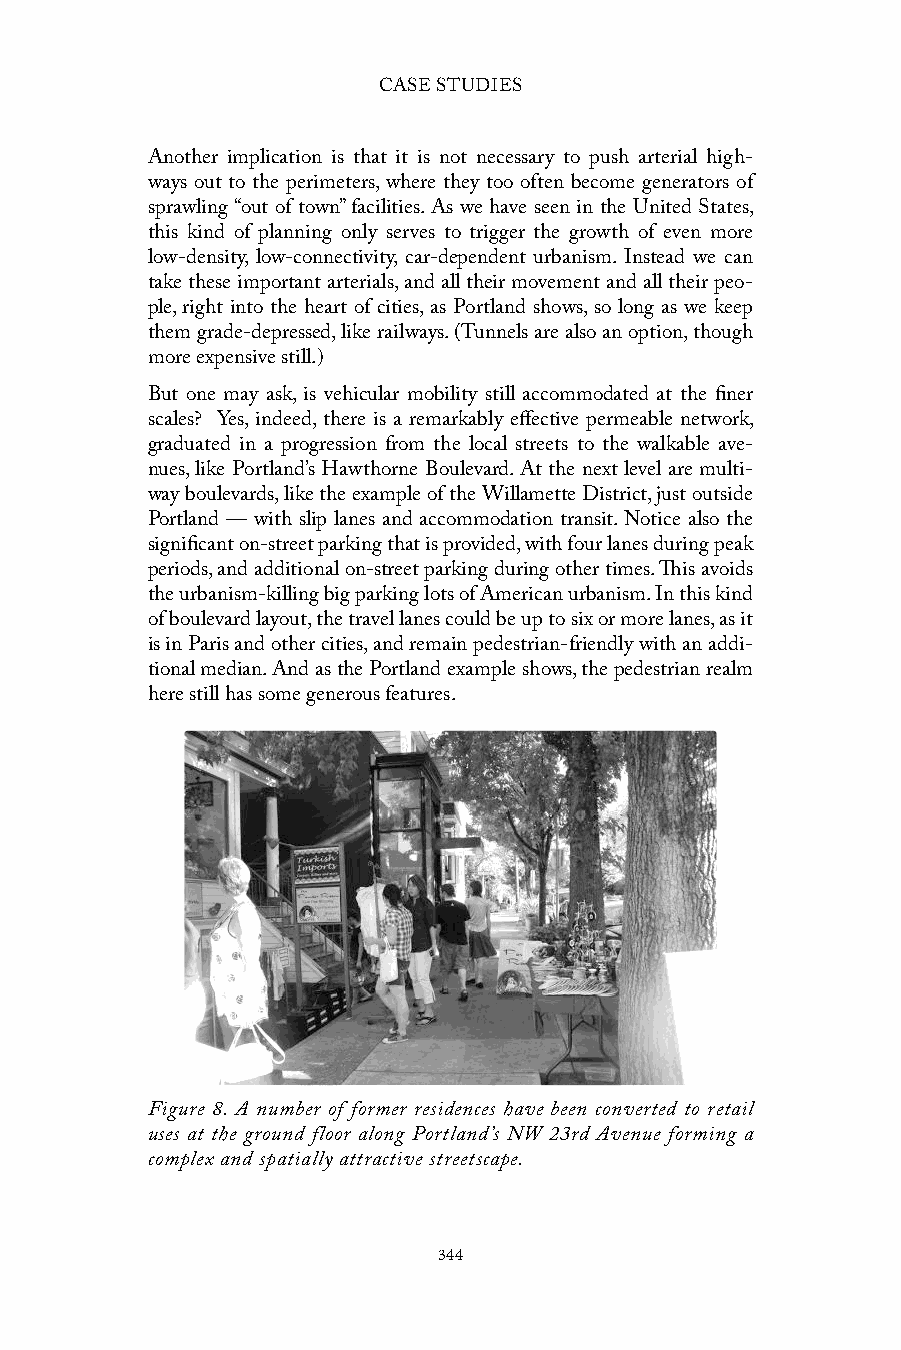
CASE STUDIES
 Another implication is that it is not necessary to push arterial high-
 ways out to the perimeters, where they too often become generators of
 sprawling “out of town” facilities. As we have seen in the United States,
 this kind of planning only serves to trigger the growth of even more
 low-density, low-connectivity, car-dependent urbanism. Instead we can
 take these important arterials, and all their movement and all their peo-
 ple, right into the heart of cities, as Portland shows, so long as we keep
 them grade-depressed, like railways. (Tunnels are also an option, though
 more expensive still.)
 But one may ask, is vehicular mobility still accommodated at the finer
 scales? Yes, indeed, there is a remarkably effective permeable network,
 graduated in a progression from the local streets to the walkable ave-
 nues, like Portland’s Hawthorne Boulevard. At the next level are multi-
 way boulevards, like the example of the Willamette District, just outside
 Portland — with slip lanes and accommodation transit. Notice also the
 significant on-street parking that is provided, with four lanes during peak
 periods, and additional on-street parking during other times. This avoids
 the urbanism-killing big parking lots of American urbanism. In this kind
 of boulevard layout, the travel lanes could be up to six or more lanes, as it
 is in Paris and other cities, and remain pedestrian-friendly with an addi-
 tional median. And as the Portland example shows, the pedestrian realm
 here still has some generous features.
 Figure 8. A number of former residences have been converted to retail
 uses at the ground floor along Portland’s NW 23rd Avenue forming a
 complex and spatially attractive streetscape.
 344